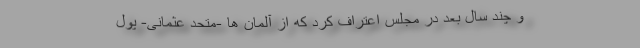
و چند سال بعد در مجلس اعتراف کرد که از آلمان ها -متحد عثمانی- پول